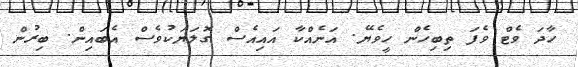
ހާދަ ވެޓް ވެފަ ތިބިހެން ހީވެޔޭ. އަނެއްކާ އައިއެސް ގޮލަޔަކުވެސް އެބައިން. ބިރުން